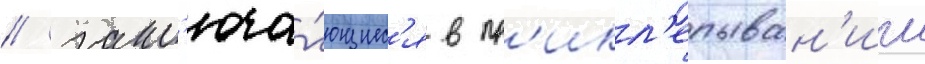
/ закл'юча́ющиес'я в пр'икл'епыван'ии